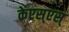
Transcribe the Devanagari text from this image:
केएस्‌एस्‌